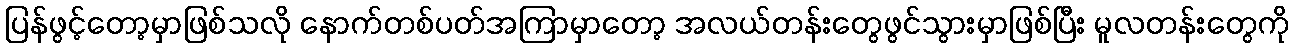
ပြန်ဖွင့်တော့မှာဖြစ်သလို နောက်တစ်ပတ်အကြာမှာတော့ အလယ်တန်းတွေဖွင်သွားမှာဖြစ်ပြီး မူလတန်းတွေကို